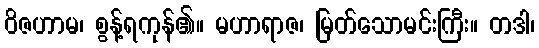
ဝိဇဟာမ၊ စွန့်ရကုန်၏။ မဟာရာဇ၊ မြတ်သောမင်းကြီး။ တဒါ၊